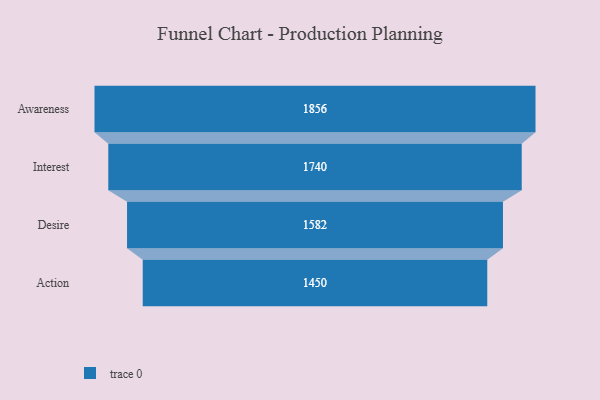
{"axis": {"x": "Stage", "y": "Value"}, "legend": [""], "data": [{"x": "Awareness", "y": 1856.0, "type": ""}, {"x": "Interest", "y": 1740.0, "type": ""}, {"x": "Desire", "y": 1582.0, "type": ""}, {"x": "Action", "y": 1450.0, "type": ""}]}